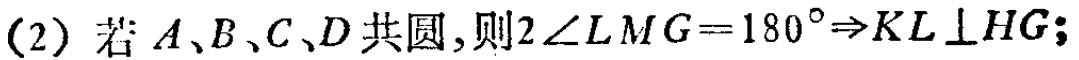
(2) 若 \(A、B、C、D\) 共圆，则 \(2\angle LMG = 180^{\circ}\Rightarrow KL\perp HG\)；